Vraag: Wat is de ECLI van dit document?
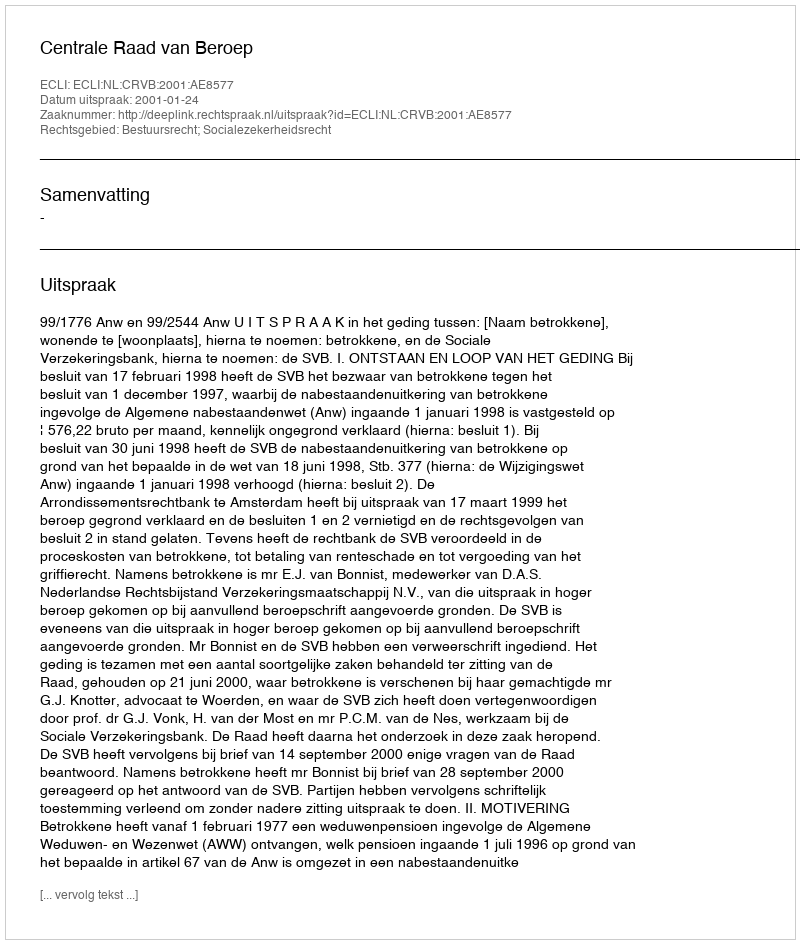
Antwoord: ECLI:NL:CRVB:2001:AE8577